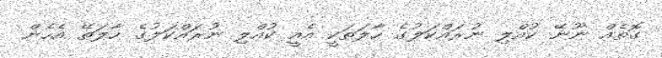
ގޮތެއް ނޫނޭ ކުއްލި ނުރައްކަލުގެ ހާލަތަކީ އެއީ ކުއްލި ނުރައްކަލުގެ ހާލަތޭ އެހެން